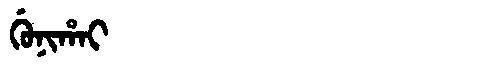
Manchu: ᡤᡠᠨᡳᡥᠠᡳ
Romanization: GUNIHAI